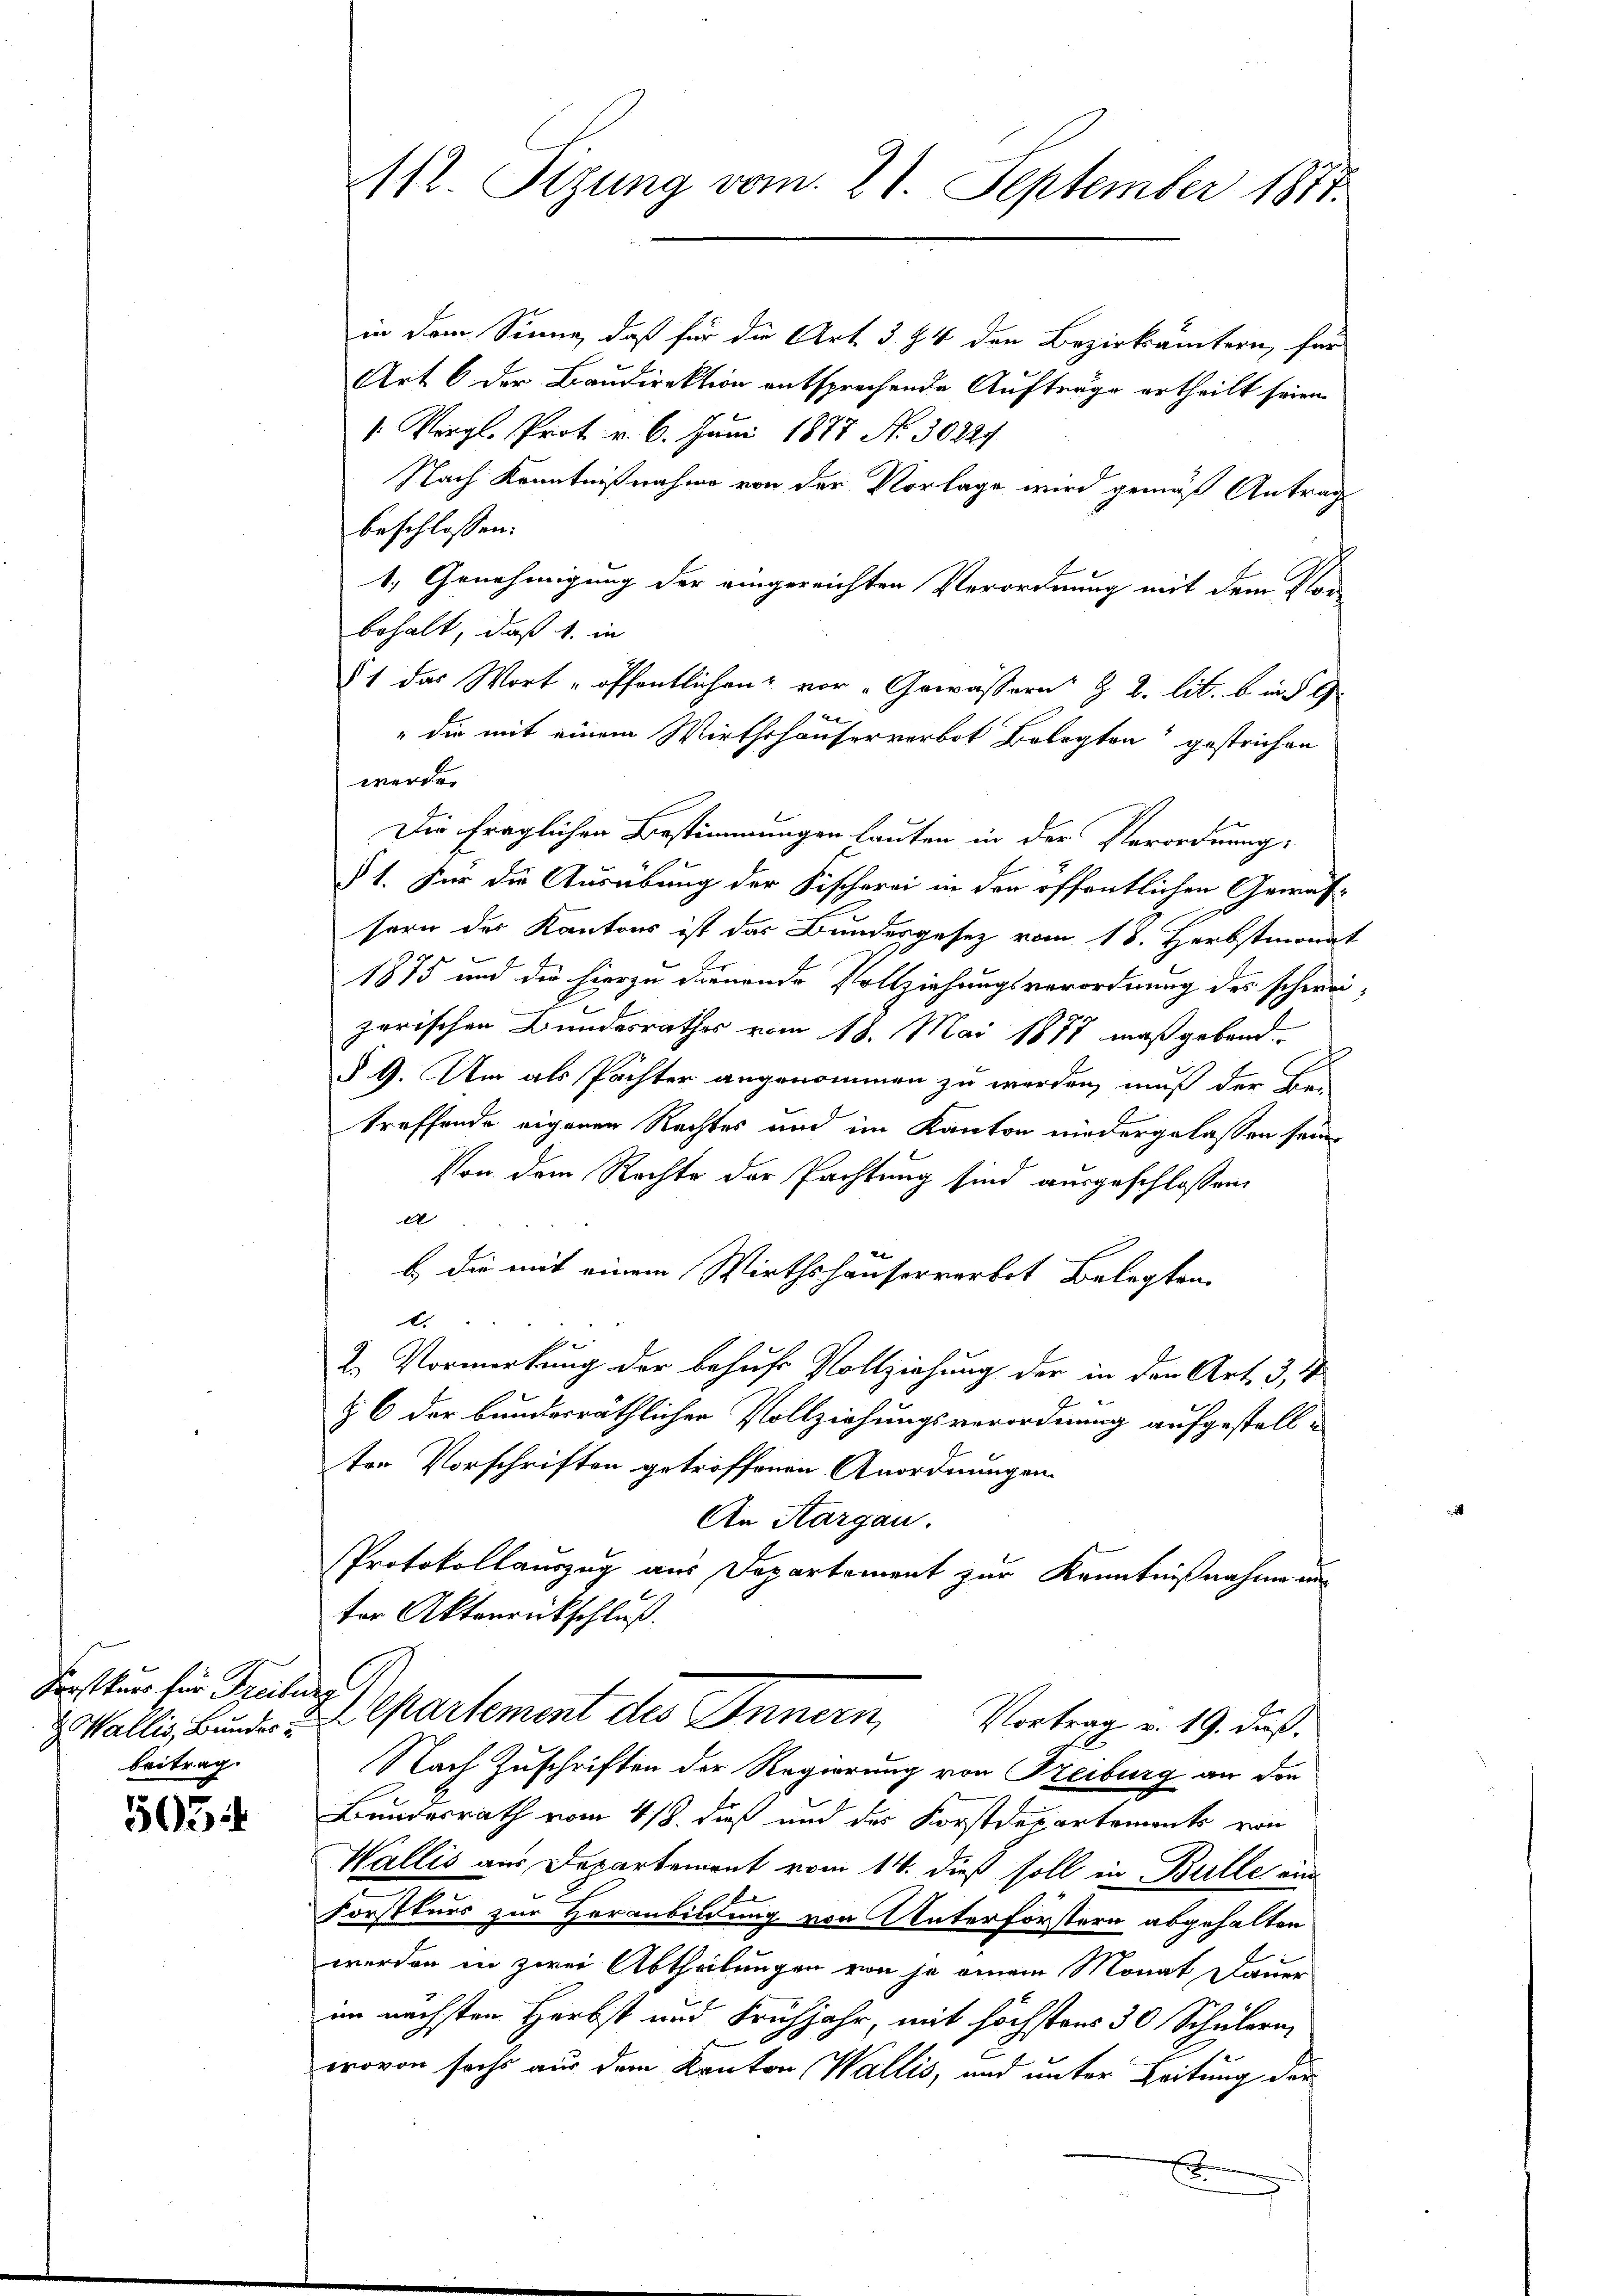
Frostkurs für Freilung
 Wallis, Bunder u.
beitrag.

5054

in dem Sinne, daß für die Art. 3. 94 den Bezirkämtern, für
Art 6 der Baudirektion entsprechende Aufträge ertheilt seien.
/. Vergl. Prot. v. 6. Juni 1877 No 30224
Nach Kenntnißnahme von der Vorlage wird gemäß Antrag
beschlossen:
1. Genehmigung der eingereichten Verordnung mit dem Vorbehalt, daß 1. in
81 das Wort „öffentlichen vor „Gewässern § 2. lit. b. in § 9
" die mit einem Wirthshäuserverbot Belegten gestrichen
werde.
Die fraglichen Bestimmungen lauten in der Verordnung,
§ 1. Für die Ausübung der Fischerei in der öffentlichen Gewässern des Kantons ist das Bundesgesetz vom 18. Herbstmonat
1875 und die hierzu dienende Vollziehungsverordnung des schweizerischen Bundesrathes vom 18. Mai 1871 maßgebend
§ 9. Um als Pächter angenommen zu werden, muß der Be-
treffende eigenen Rechtes und im Kanton niedergelassen sein
Von dem Rechte der Pachtung sind ausgeschlossen,
A
b.) die mit einem Wirthshäuserverbot Belegten.
.
A
2. Vormerkung der behufs Vollziehung der in den Art. 3, 4
§ 6 der bundesräthlichen Vollziehungsverordnung aufgestell-
ten Vorschriften getroffenen Anordnungen
An Aargau.
PProtokollauszug aus Departement zur Kenntnißnahme in
ter Akterrückschluß.
Departement des Innern, Vortrag v. 19. Fuß.
Nach Zuschriften der Regierung von Freiburg an die
Bundesrath vom 4/8. dieß und des Korstdepartements von
Wallis aus Departement vom 14. dieß soll in Bille einb
Forstkurs zur Heranbildung von Unterförstern abgehalten
.
werden in zwei Abtheilungen von je einem Monat Dauer
im nächsten Herbst und Frühjahr, mit höchstens 30 Schülern,
wovon sechs aus dem Kanton Wallis, und unter Leitung der
E

112 Sizung vom 21. September 1817.